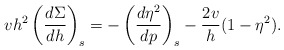
\begin{align*} vh^2\left(\frac{d\Sigma}{dh}\right)_s=-\left(\frac{d\eta^2}{dp}\right)_s-\frac{2v}{h}(1-\eta^2).\end{align*}